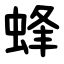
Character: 蜂